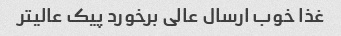
غذا خوب ارسال عالی برخورد پیک عالیتر